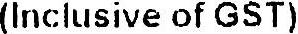
(INCLUSIVE OF GST)